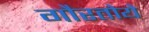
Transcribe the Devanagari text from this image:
गौरतोये